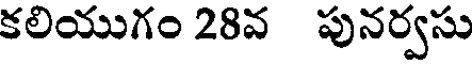
కలియుగం 28వ పునర్వసు